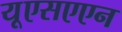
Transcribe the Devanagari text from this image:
यूएसएएन